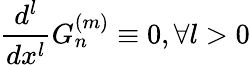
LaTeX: \frac{d^{l}}{dx^{l}}G_{n}^{(m)}\equiv 0,\forall l>0